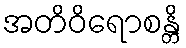
အတိဝိရောစန္တိ